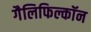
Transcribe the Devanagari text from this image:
गैलिफिल्कॉन